Reports on dispensaries and lunatic asylums in the Province of Oudh - 1869-1876
Year: 1869
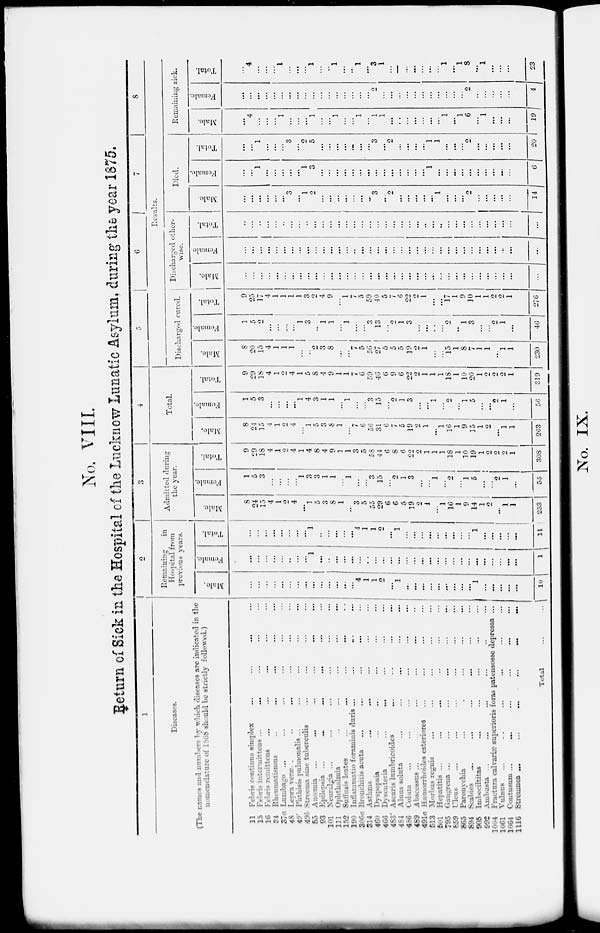
No. VIII.
Return of Sick in the Hospital of the Luckuow Lunatic Asylum, during the year 1875.
1
Diseases.
(The names and numbers by which diseases are indicated in the
nomenclature of 1868 should be strictly followed.)
11 Febris continua simplex … … … …
15 Febris intermittens ... … … … …
16 Febris remittens … … … … …
34 Rheumatismus … … … … …
37a Lumbago ... … … … …
48 Lenra veræ … … … …
40' Phthisis pulmonalis ... … … … …
49b Streema sine tuberculis … … … …
55 Anœmia … … … …
93 Epilepsia ...
... … … …
101 Neuralgia
... … … … …
111 Ophthalmia … … … …
152 Suffusis leates … … … …
190 Inflammatio foraminis duris ... … … … …
306a Bronchitis acuta … … … … …
314 Asthma … … … … …
460 Dyspepsia … … … … …
466 Dysenteria
... ... … … …
483' Ascaris lumbricoides … … … …
484 Aluus soluta … … … …
486 Colum … … … … …
489 Abseessus ... … … … …
491a Hæmorrhoides esteriores … … … …
513 Morbus reguis … … … …
501 Hepatitis ... … … … …
795 Gangrena ... … … … …
859 Ulcus … … … …
865 Paronychia
...
... … ...
894 Scabies … … … …
905 Imbeciltitas … … … …
992 Ambusta . .
...
...
...
..
...
1004 Fractura calyariæ superioris foras patensosse depressa ...
1061 Vulnus
...
...
...
...
...
...
1064 Contusum ...
...
...
...
...
...
1116 Stremnea ...
...
...
...
...
Total
... ... … …
2
Remaining
in
Hospital from
previous years.
Male.
…
…
…
…
…
…
…
…
…
…
…
…
...
…
4
1
1
2
…
1
1
...
…
…
...
…
…
…
...
1
...
...
...
...
…
10
Female.
…
…
…
…
…
…
…
…
1
…
…
…
…
…
…
…
…
…
...
…
...
…
…
…
…
…
...
…
…
…
…
…
…
…
…
1
Total.
…
…
…
…
…
…
…
…
1
…
…
…
…
...
4
1
1 2
…
1
...
…
…
…
...
...
…
...
...
1
...
...
...
...
…
11
3
Admitted during
the year.
Male.
8
24
13
4
1
2
4
...
1
5
3
8 1
...
3
3
55
29
6
6
5
19
2
1
…
1
16
1
9
14
1
2
...
1
1
253
Female.
1
5
3
…
…
…
…
1
3
3
1
1
…
1
...
…
3
15
…
2
1
3
…
…
1
…
2
…
1
5
...
…
2
1
...
55
Total.
9
29
18
4
1
2
4
1
4
8
4
9
1
1
3
5
58
44
6
8
6
22
2
1
1
1
18
1
10
19
1
2
2
2
1
308
4
Total.
Male.
8
24
15
4
1
2
4
…
1
5
3
8
1
…
7
6
56
31
6
7
5
19
2
1
...
1
16
1
9
15
1
2
…
1
1
263
Female.
1
5
3
… ...
...
...
1
4
3
1
1
...
1
…
...
3
15
...
2
1
3
...
...
1
…
2
...
1
5
...
...
2
1
…
56
Total.
9
29
18
4
1
2
4
1
5
8
4
9
1
1
7
6
59
46
6
9
6
22
2
1
1
1
18
1
10
20
1
2
2
2
1
319
5
6
7
8
Results.
Discharged cured.
Male.
8
20
15
4
1
1
1
…
…
2
3
8
...
...
7
5
56
27
5
5
5
19
2
1
…
…
15
1
8
7
1
1
...
1
1
230
Female.
1
5
2
...
...
…
...
1
3
..
1
1
1
1
…
…
…
13
…
2
1
3
...
...
. .
…
2
..
1
3
...
…
2
1
...
46
Total.
9
25
17
4
1
1
1
1
3
2
4
9
…
1
7
5
59
40
5
7
6
22
2
1
...
...
17
1
9
10
1
1
2
2
1
276
Discharged other-
wise.
Male.
…
...
…
...
...
...
...
...
...
...
...
...
...
...
…
...
...
...
...
...
...
...
...
...
…
...
...
...
...
...
...
...
…
...
...
...
Female.
…
...
...
...
...
...
...
...
...
...
...
...
...
…
...
...
...
...
...
...
…
...
...
...
...
...
...
…
...
...
…
...
…
…
...
…
Total.
…
...
...
...
...
...
...
…
...
...
…
…
...
...
…
...
…
...
...
...
...
...
...
...
...
…
...
...
...
…
...
...
...
...
…
...
Died.
Male.
…
...
…
...
...
...
3
...
1
2
...
...
...
...
...
...
…
3
...
2
...
...
...
...
...
1
...
…
...
2
...
...
...
...
...
14
Female.
…
...
1
...
...
...
...
...
1
3
...
...
...
…
...
...
...
...
...
...
...
...
...
…
1
...
...
...
...
...
…
…
...
...
…
6
Total.
…
...
1
...
...
…
3
...
2
5
...
...
...
...
…
...
...
3
...
2
...
...
...
...
1
1
...
...
...
2
…
...
...
...
...
20
Remaining sick.
Male.
…
4
…
...
...
1
...
...
...
1
…
...
1
…
...
1
...
1
1
...
…
...
...
…
...
…
1
…
1
6
...
1
…
...
…
19
Female.
...
...
...
...
...
...
...
...
...
...
...
...
...
...
…
...
…
2
…
...
...
...
...
...
...
...
...
...
...
2
…
...
...
...
…
4
Total.
…
4
...
...
...
1
…
…
…
1
…
...
1
...
..
1
…
3
1
...
—
...
...
...
...
...
1
…
1
8
…
1
…
...
…
23